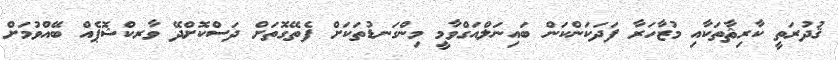
ޤުދުރަތީ ކާރިޘާތަކާއި މުޒާހަރާ ފަދަކަަންކަން ބައިނަލްއަގްވާމީ މިންގަނޑުތަކަށް ފެތޭގޮތަށް ދަސްކޮށްދޭ ވާރކްޝޮޕެއް ބޭއްވުމަށް